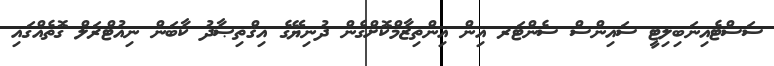
ސަސްޓެއިނަބިލިޓީ ސައިންސް ސެންޓަރ އިން އިންތިޒާމްކޮށްގެން ދުނިޔޭގެ އިޤްތިޞާދު ކާބަން ނިއުޓްރަލް ގޮތެއްގައި